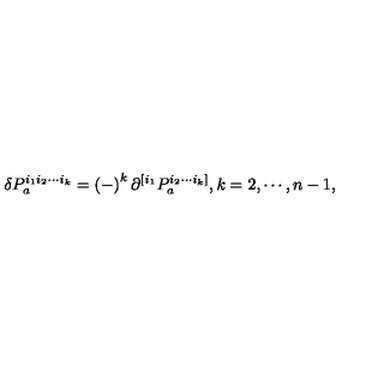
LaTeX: \delta P _ { a } ^ { i _ { 1 } i _ { 2 } \cdots i _ { k } } = \left( - \right) ^ { k } \partial ^ { [ i _ { 1 } } P _ { a } ^ { i _ { 2 } \cdots i _ { k } ] } , k = 2 , \cdots , n - 1 ,